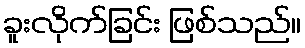
ခူးလိုက်ခြင်း ဖြစ်သည်။